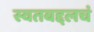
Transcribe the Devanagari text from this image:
स्वतबद्दलचं